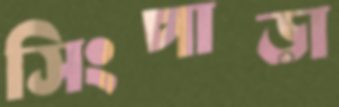
সিংপাড়া